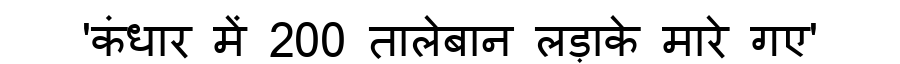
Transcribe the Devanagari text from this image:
'कंधार में 200 तालेबान लड़ाके मारे गए'